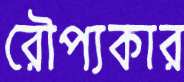
রৌপ্যকার